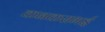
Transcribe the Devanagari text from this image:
कनकसभई